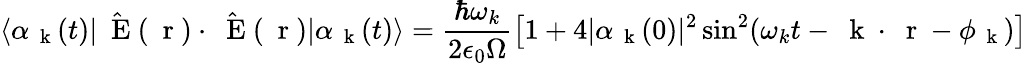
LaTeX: \langle\alpha_{\mathrm{~\mathbf~k~}}(t)|\hat{\mathrm{~\mathbf~E~}}(\mathrm{~\mathbf~r~})\cdot\hat{\mathrm{~\mathbf~E~}}(\mathrm{~\mathbf~r~})|\alpha_{\mathrm{~\mathbf~k~}}(t)\rangle=\frac{\hbar\omega_{k}}{2\epsilon_{0}\Omega}\left[1+4|\alpha_{\mathrm{~\mathbf~k~}}(0)|^{2}\sin^{2}(\omega_{k}t-\mathrm{~\mathbf~k~}\cdot\mathrm{~\mathbf~r~}-\phi_{\mathrm{~\mathbf~k~}})\right]